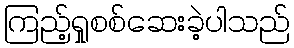
ကြည့်ရှုစစ်ဆေးခဲ့ပါသည်